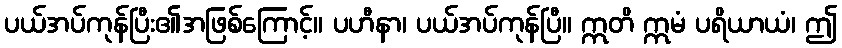
ပယ်အပ်ကုန်ပြီး၏အဖြစ်ကြောင့်။ ပဟီနာ၊ ပယ်အပ်ကုန်ပြီ။ ဣတိ ဣမံ ပရိယာယံ၊ ဤ